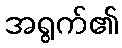
အရွက်၏